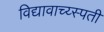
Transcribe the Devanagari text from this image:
विद्यावाच्य्स्पती